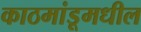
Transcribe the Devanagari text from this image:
काठमांडूमधील